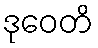
ဒုဝေတိ